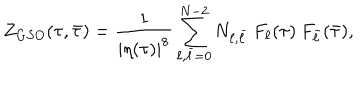
Z _ { G S O } ( \tau , \bar { \tau } ) = \frac { 1 } { | \eta ( \tau ) | ^ { 8 } } \sum _ { \ell , \bar { \ell } = 0 } ^ { N - 2 } N _ { \ell , \bar { \ell } } \: F _ { \ell } ( \tau ) \: F _ { \bar { \ell } } ( \bar { \tau } ) ,